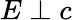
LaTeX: E\perp c